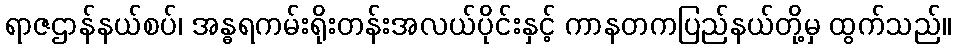
ရာဇဌာန်နယ်စပ်၊ အန္ဓရကမ်းရိုးတန်းအလယ်ပိုင်းနှင့် ကာနတကပြည်နယ်တို့မှ ထွက်သည်။